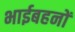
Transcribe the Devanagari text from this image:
भाईबहनों